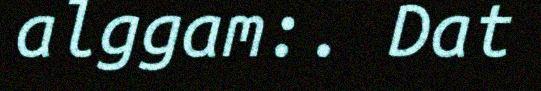
alggam:. Dat